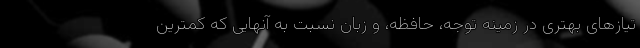
تیازهای بهتری در زمینه توجه، حافظه، و زبان نسبت به آنهایی که کمترین